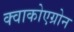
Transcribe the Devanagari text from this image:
क्वाकोएग्रोन